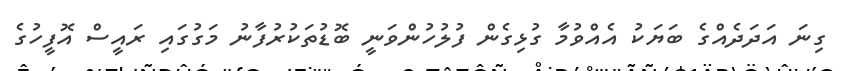
ގިނަ އަދަދެއްގެ ބަޔަކު އެއްވުމާ ގުޅިގެން ފުލުހުންވަނީ ބޮޑުތަކުރުފާނު މަގުގައި ރައީސް އޮފީހުގެ